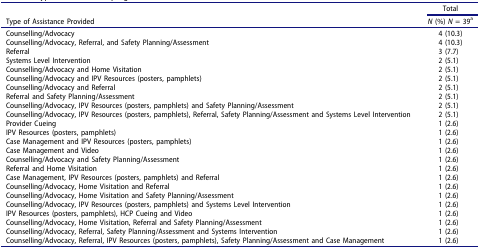
<table><thead><tr><td><b> </b></td><td><b>Total</b></td></tr><tr><td><b>Type of Assistance Provided</b></td><td><b><i>N</i> (%) <i>N</i> = 39<sup>a</sup></b></td></tr></thead><tbody><tr><td>Counselling/Advocacy</td><td>4 (10.3)</td></tr><tr><td>Counselling/Advocacy, Referral, and Safety Planning/Assessment</td><td>4 (10.3)</td></tr><tr><td>Referral</td><td>3 (7.7)</td></tr><tr><td>Systems Level Intervention</td><td>2 (5.1)</td></tr><tr><td>Counselling/Advocacy and Home Visitation</td><td>2 (5.1)</td></tr><tr><td>Counselling/Advocacy and IPV Resources (posters, pamphlets)</td><td>2 (5.1)</td></tr><tr><td>Counselling/Advocacy and Referral</td><td>2 (5.1)</td></tr><tr><td>Referral and Safety Planning/Assessment</td><td>2 (5.1)</td></tr><tr><td>Counselling/Advocacy, IPV Resources (posters, pamphlets) and Safety Planning/Assessment</td><td>2 (5.1)</td></tr><tr><td>Counselling/Advocacy, IPV Resources (posters, pamphlets), Referral, Safety Planning/Assessment and Systems Level Intervention</td><td>2 (5.1)</td></tr><tr><td>Provider Cueing</td><td>1 (2.6)</td></tr><tr><td>IPV Resources (posters, pamphlets)</td><td>1 (2.6)</td></tr><tr><td>Case Management and IPV Resources (posters, pamphlets)</td><td>1 (2.6)</td></tr><tr><td>Case Management and Video</td><td>1 (2.6)</td></tr><tr><td>Counselling/Advocacy and Safety Planning/Assessment</td><td>1 (2.6)</td></tr><tr><td>Referral and Home Visitation</td><td>1 (2.6)</td></tr><tr><td>Case Management, IPV Resources (posters, pamphlets) and Referral</td><td>1 (2.6)</td></tr><tr><td>Counselling/Advocacy, Home Visitation and Referral</td><td>1 (2.6)</td></tr><tr><td>Counselling/Advocacy, Home Visitation and Safety Planning/Assessment</td><td>1 (2.6)</td></tr><tr><td>Counselling/Advocacy, IPV Resources (posters, pamphlets) and Systems Level Intervention</td><td>1 (2.6)</td></tr><tr><td>IPV Resources (posters, pamphlets), HCP Cueing and Video</td><td>1 (2.6)</td></tr><tr><td>Counselling/Advocacy, Home Visitation, Referral and Safety Planning/Assessment</td><td>1 (2.6)</td></tr><tr><td>Counselling/Advocacy, Referral, Safety Planning/Assessment and Systems Intervention</td><td>1 (2.6)</td></tr><tr><td>Counselling/Advocacy, Referral, IPV Resources (posters, pamphlets), Safety Planning/Assessment and Case Management</td><td>1 (2.6)</td></tr></tbody></table>